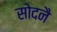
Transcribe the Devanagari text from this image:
सोदनै